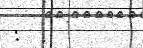
:  .